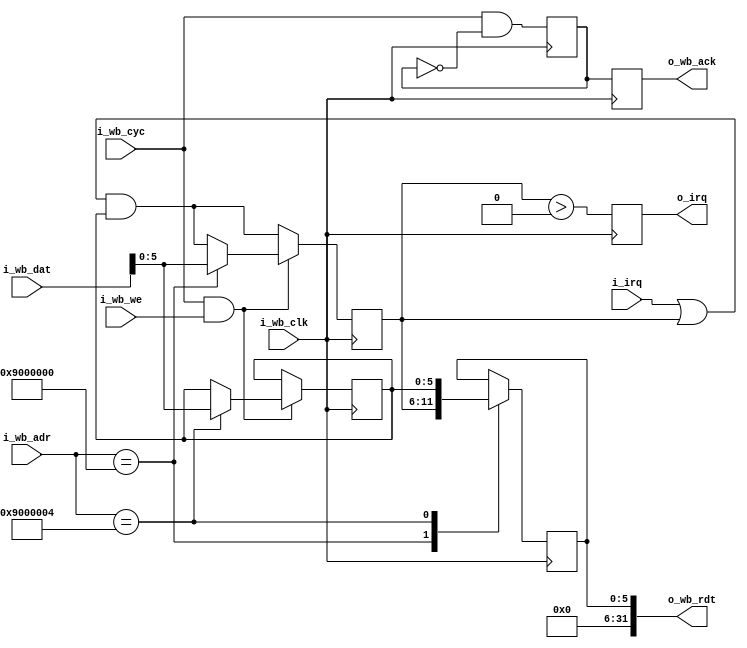
module rocketcpu_irq #(
   parameter SIZE = 6
)(
   input wire 	      i_wb_clk,
   input wire [31:0] i_wb_adr,
   input wire [31:0] i_wb_dat,
   input wire 	      i_wb_we,
   input wire 	      i_wb_cyc,
   output reg [31:0] o_wb_rdt,
   output reg 		   o_wb_ack,


   input wire [SIZE-1:0] i_irq,
   output reg 	          o_irq,

);
   reg [SIZE-1:0]    irq;
   reg [SIZE-1:0]    mask;

   initial o_wb_rdt = 0;
   initial mask = 0;
   initial irq = 0;

   reg o_wb_ack_aux = 0;

   always @(posedge i_wb_clk) begin
		o_wb_ack_aux <= i_wb_cyc & !o_wb_ack_aux;
		o_wb_ack <= o_wb_ack_aux;
	end 

   always @(posedge i_wb_clk) begin
      irq <= (i_irq | irq) & mask;
      o_irq <= irq > 0;

      if (i_wb_cyc & i_wb_we) begin
			case (i_wb_adr)
				32'h0900_0000  : irq <= i_wb_dat;
				32'h0900_0004  : mask <= i_wb_dat;
			endcase
		end

		case (i_wb_adr)
			32'h0900_0000  : o_wb_rdt[SIZE-1:0] <= irq;
			32'h0900_0004  : o_wb_rdt[SIZE-1:0] <= mask;
		endcase
   end

endmodule